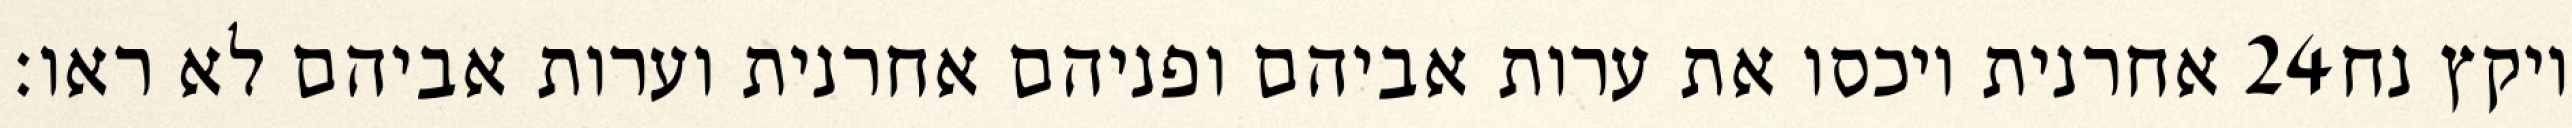
אחרנית ויכסו את ערות אביהם ופניהם אחרנית וערות אביהם לא ראו׃ ‎24‏ ויקץ נח